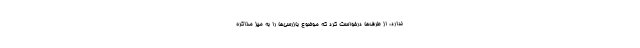
ندارد، از طرف‌ها درخواست کرد که موضوع بازرسی‌ها را به میز مذاکره